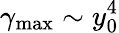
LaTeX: \gamma_{\mathrm{{max}}}\sim y_{0}^{4}